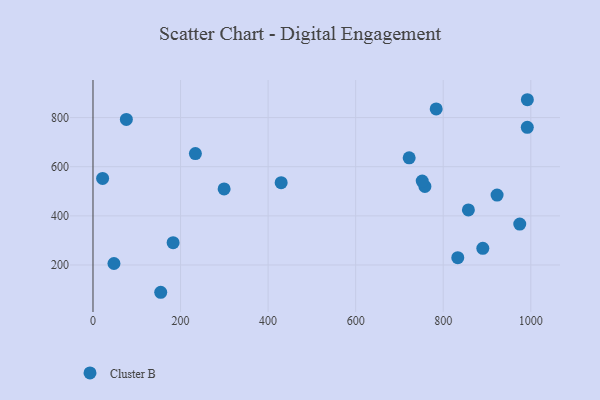
{"axis": {"x": "Price", "y": "Yield"}, "legend": ["Cluster B"], "data": [{"x": "923.0", "y": 484.7, "type": "Cluster B"}, {"x": "992.0", "y": 760.5, "type": "Cluster B"}, {"x": "154.7", "y": 88.9, "type": "Cluster B"}, {"x": "758.1", "y": 519.8, "type": "Cluster B"}, {"x": "76.2", "y": 792.4, "type": "Cluster B"}, {"x": "429.8", "y": 535.1, "type": "Cluster B"}, {"x": "299.5", "y": 509.7, "type": "Cluster B"}, {"x": "833.2", "y": 229.7, "type": "Cluster B"}, {"x": "783.9", "y": 835.5, "type": "Cluster B"}, {"x": "992.2", "y": 872.8, "type": "Cluster B"}, {"x": "233.9", "y": 653.4, "type": "Cluster B"}, {"x": "752.0", "y": 541.7, "type": "Cluster B"}, {"x": "47.9", "y": 206.0, "type": "Cluster B"}, {"x": "974.8", "y": 366.6, "type": "Cluster B"}, {"x": "722.2", "y": 636.1, "type": "Cluster B"}, {"x": "857.5", "y": 424.2, "type": "Cluster B"}, {"x": "22.0", "y": 552.5, "type": "Cluster B"}, {"x": "890.4", "y": 267.9, "type": "Cluster B"}, {"x": "183.0", "y": 290.8, "type": "Cluster B"}]}